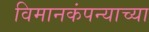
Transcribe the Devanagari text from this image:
विमानकंपन्याच्या